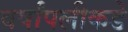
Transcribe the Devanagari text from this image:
वर्षांपलीकडे